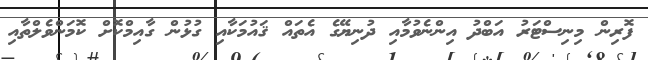
ފޮރިން މިނިސްޓަރު އަބްދު އިންނެވުމާއި ދުނިޔޭގެ އެތައް ޤައުމަކާއި ގުޅުން ގާއިމްކޮށް ކޮމަންވެލްތާއި